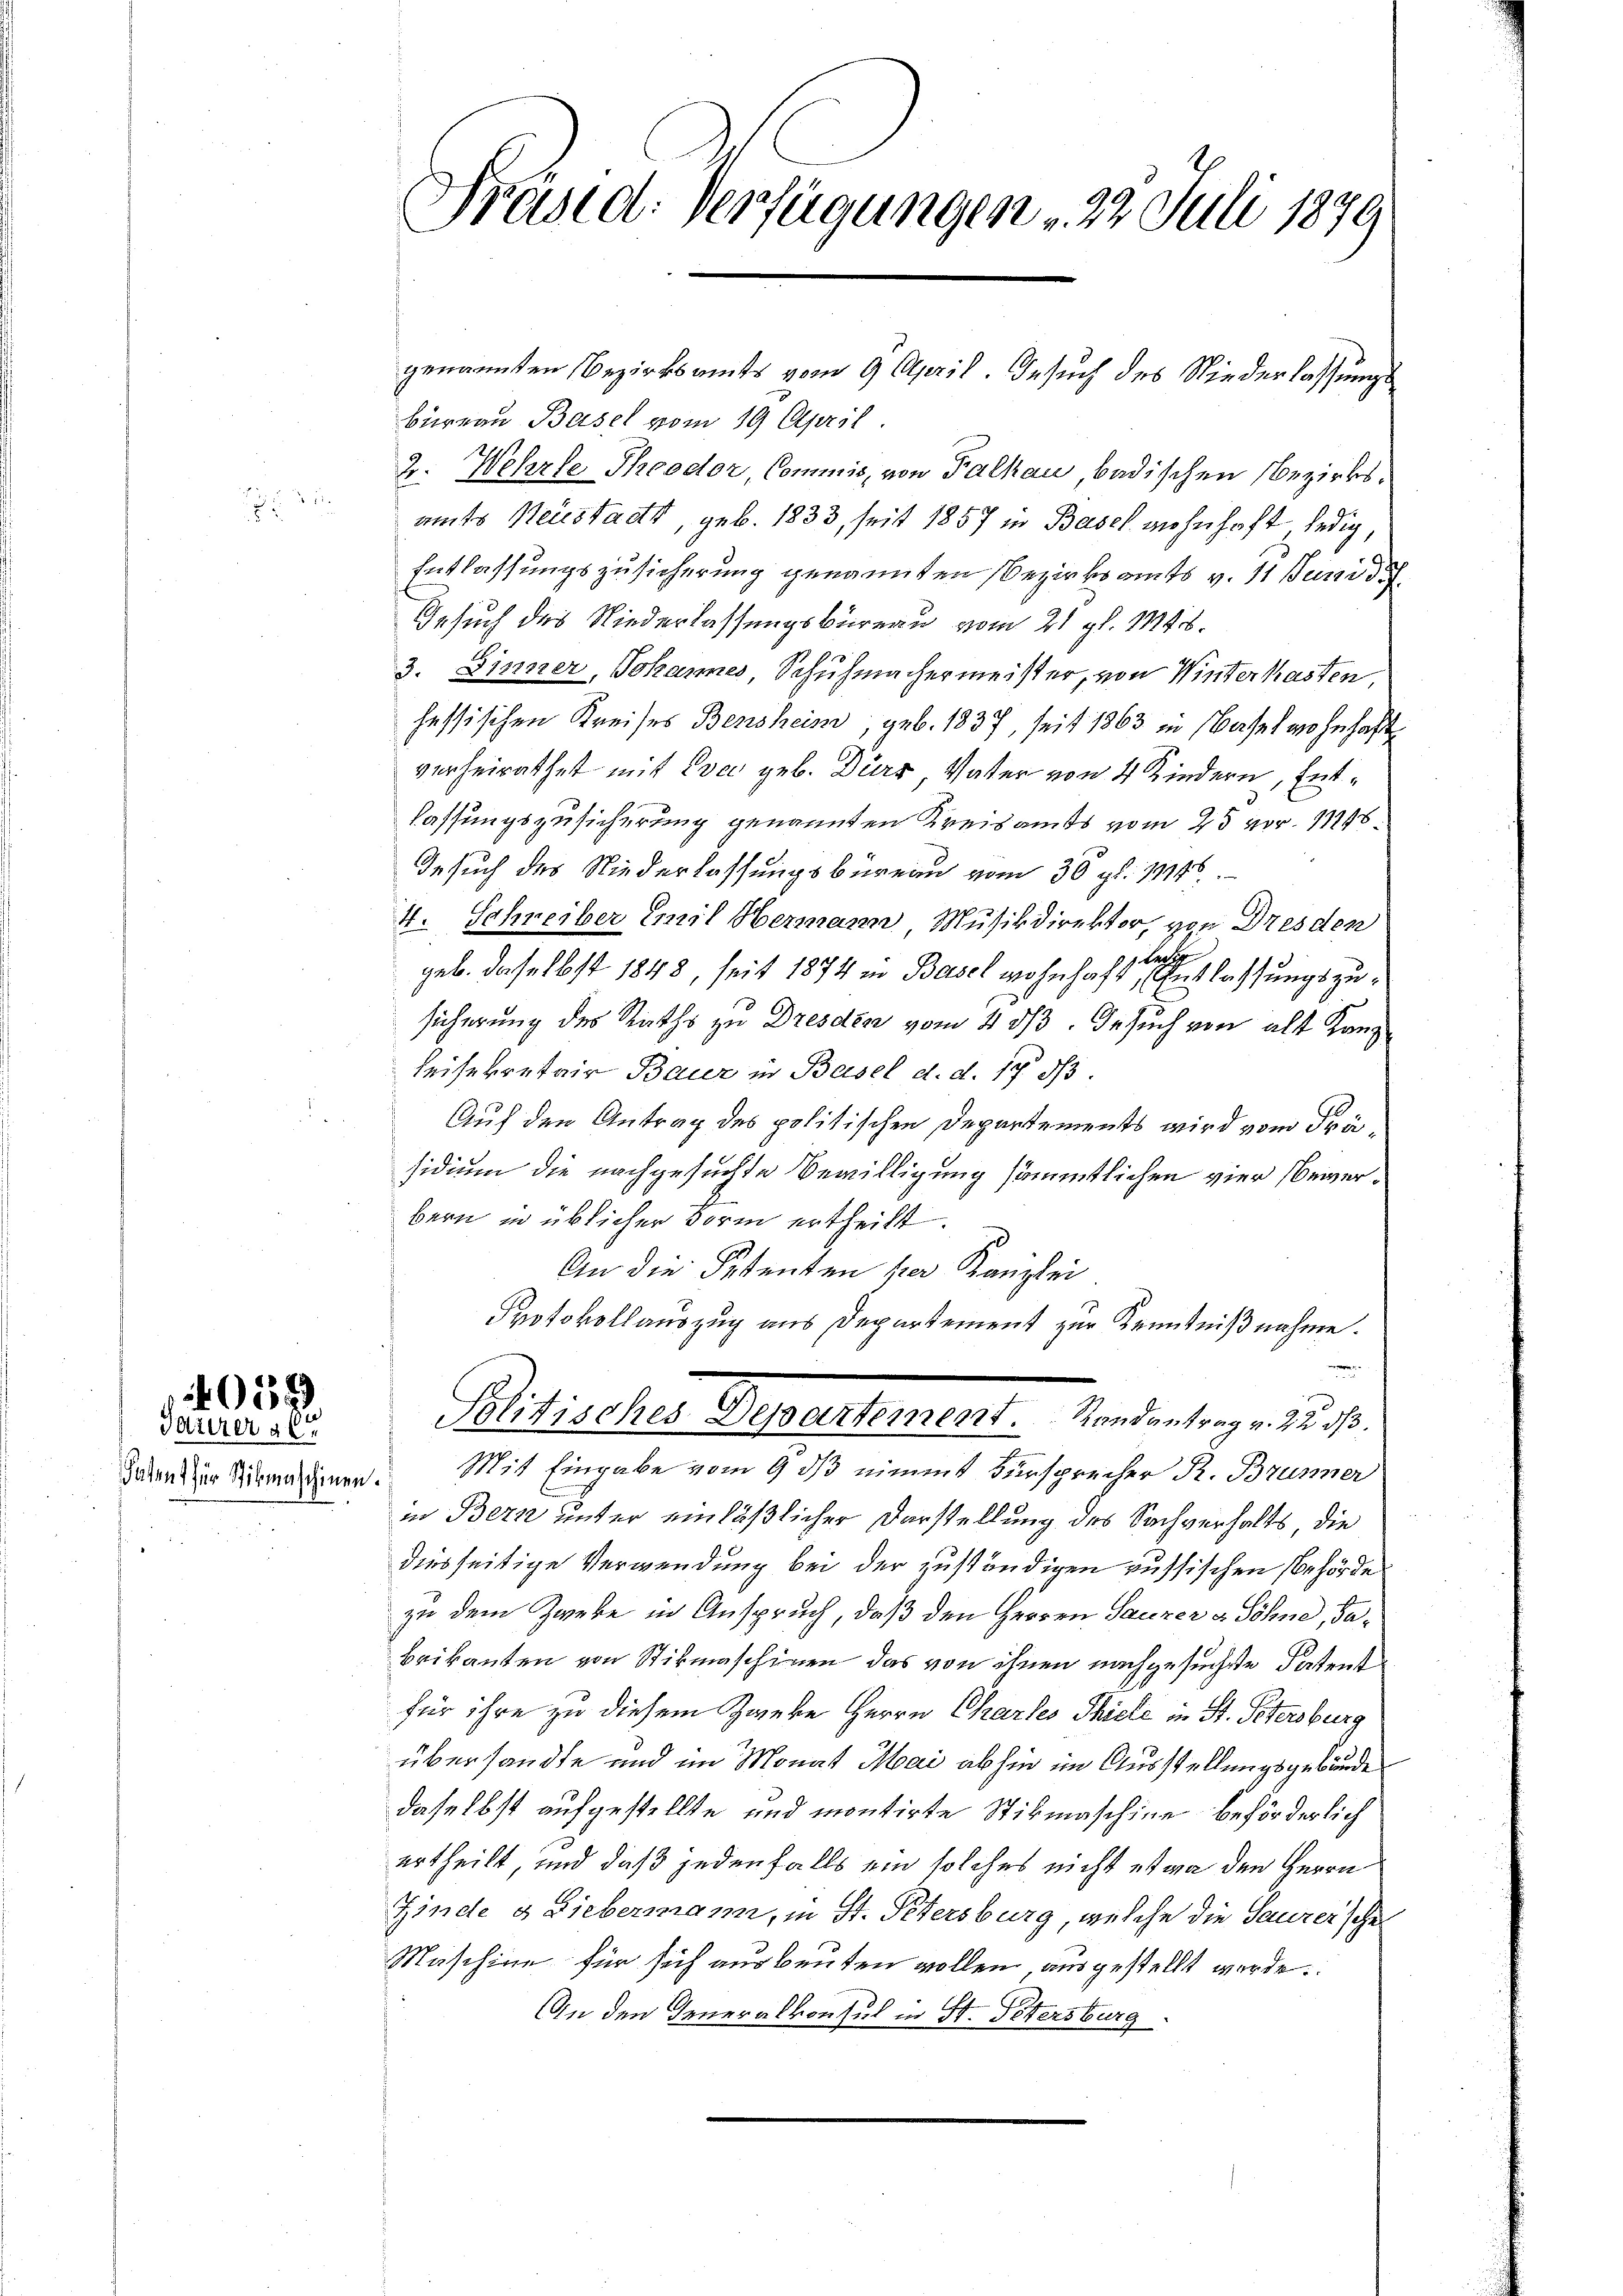
Täterer al
Patent für Stikmaschinen

059
e

Präsid. Verfügungen . 23. Juli 1879

genannten Bezirksamts vom 9. April. Gesuch des Niederlassungsbüreau Basel vom 19. April
2. Wehrle Theodor, Commis, von Falhau badischen Bezirksamts Neustadt, geb. 1833, seit 1857 in Basel wohnhaft ledig,
Entlassungszusicherung genannten Bezirksamts v. 11 Juni d
Gesuch des Niederlassungsbüreau vom 21. gl. 1846.
3. Sinner, Johannes, Schuhmachermeister, von Winterhasten
hessischen Kreises Bensheim, geb. 1837, seit 1863 in Basel wohnhaft
verheirathet mit Eva geb. Dürr, Vater von 4 Kindern, Entlassungszusicherung genannten Kreisamts vom 25 vor. 1146
Gesuch des Niederlassungsbureau vom 30. gl. 1146
4. Schreiber Emil Hermann, Musikdirektor, von Dresden
lalter
geb. daselbst 1848, seit 1874 in Basel wohnhaft, Entlassungszusicherung des Raths zu Dresden vom 4. ds. Gesuch von alt Kanz¬
Reisekretair Baur in Basel d. d. 17 d
Auf den Antrag des politischen Departements wird vom Präsidium die nachgesuchte Bewilligung sämmtlichen vier bewerbern in üblicher Form ertheilt.
An die Petenten per Kanzlei
Protokollauszug aus Departement zur Kenntnißnahme.
Politisches Departement.   Randantrag v. 22 d
Mit Eingabe vom 9 ds nimmt Fürsprecher R. Brunner
.
in Bern unter einläßlicher Darstellung des Sachverhalts die
diesseitige Verwendung bei der zuständigen russischen Behörde
zu dem Zweke in Anspruch, daß den Herren Sauzer & Söhne, dabrikanten von Stikmaschinen das von ihnen nachgesuchte Patent
für ihre zu diesem Zweke Herrn Chartes Thiele in St. Petersburg
übersandte und im Monat Mai abhin im Ausstellungsgebärde
daselbst aufgestellte und montirte Stibmaschine beförderlich
ertheilt, und daß jedenfalls ein solches nicht etwa den Herrn
Finde & Liebermann, in St. Petersburg, welche die Saurerschei
Maschine für sich ausbeuten wollen ausgestellt werde.
An den Generalkonsul in St. Pittersburg